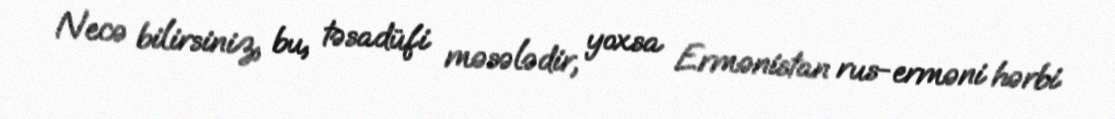
Necə bilirsiniz, bu, təsadüfi məsələdir, yoxsa Ermənistan rus-erməni hərbi